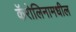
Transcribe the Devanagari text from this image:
कॅरोलिनामधील